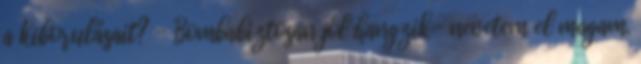
a kiborulásait? - Bombabiztosan jól hangzik- nevetem el magam.